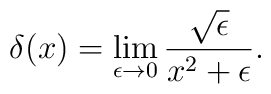
\delta (x) = \lim_{\epsilon \rightarrow 0}{\sqrt{\epsilon}\over {x^2 + \epsilon}}.